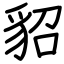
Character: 貂